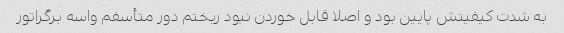
به شدت کیفیتش پایین بود و اصلا قابل خوردن نبود ریختم دور متأسفم واسه برگراتور